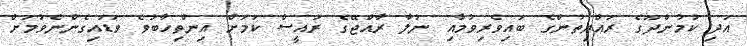
އަދި ކުމުންދޫގެ ރައްޔިތުންގެ ބައިވެރިވުމާއި ނުލާ ރާއްޖޭގެ ރައީސް ކަމަށް އިންތިހާބުވެ ވަޑައިގެންނެވުމަށް